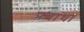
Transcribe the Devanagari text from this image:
प्रबाधा